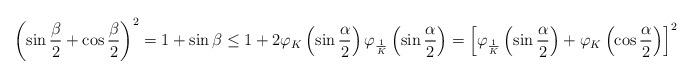
LaTeX: \begin{align*} \left(\sin\frac{\beta}{2}+\cos\frac{\beta}{2}\right)^{2}=1+\sin\beta\leq1+2\varphi_{K}\left(\sin\frac{\alpha}{2}\right)\varphi_{\frac{1}{K}}\left(\sin\frac{\alpha}{2}\right)=\left[\varphi_{\frac{1}{K}}\left(\sin\frac{\alpha}{2}\right)+\varphi_{K}\left(\cos\frac{\alpha}{2}\right)\right]^{2}\end{align*}